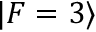
\vert F = 3 \rangle